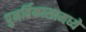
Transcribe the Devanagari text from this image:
पुनर्विकासामध्ये